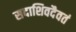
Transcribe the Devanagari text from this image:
सदाशिवदैवतं